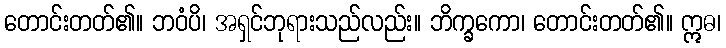
တောင်းတတ်၏။ ဘဝံပိ၊ အရှင်ဘုရားသည်လည်း။ ဘိက္ခကော၊ တောင်းတတ်၏။ ဣဓ၊